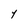
Character: Y